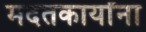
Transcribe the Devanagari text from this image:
मदतकार्यांना